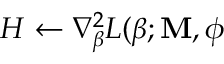
H \gets \nabla _ { \boldsymbol { \beta } } ^ { 2 } L ( \boldsymbol { \beta } ; \mathbf { M } , \boldsymbol { \phi }